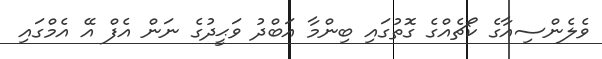
ވެލެންސިއާގެ ކޯޗެއްގެ ގޮތުގައި ބިންމާ އަބްދު ވަޙީދުގެ ނަން އެފް އޭ އެމްގައި